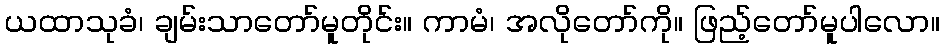
ယထာသုခံ၊ ချမ်းသာတော်မူတိုင်း။ ကာမံ၊ အလိုတော်ကို။ ဖြည့်တော်မူပါလော။